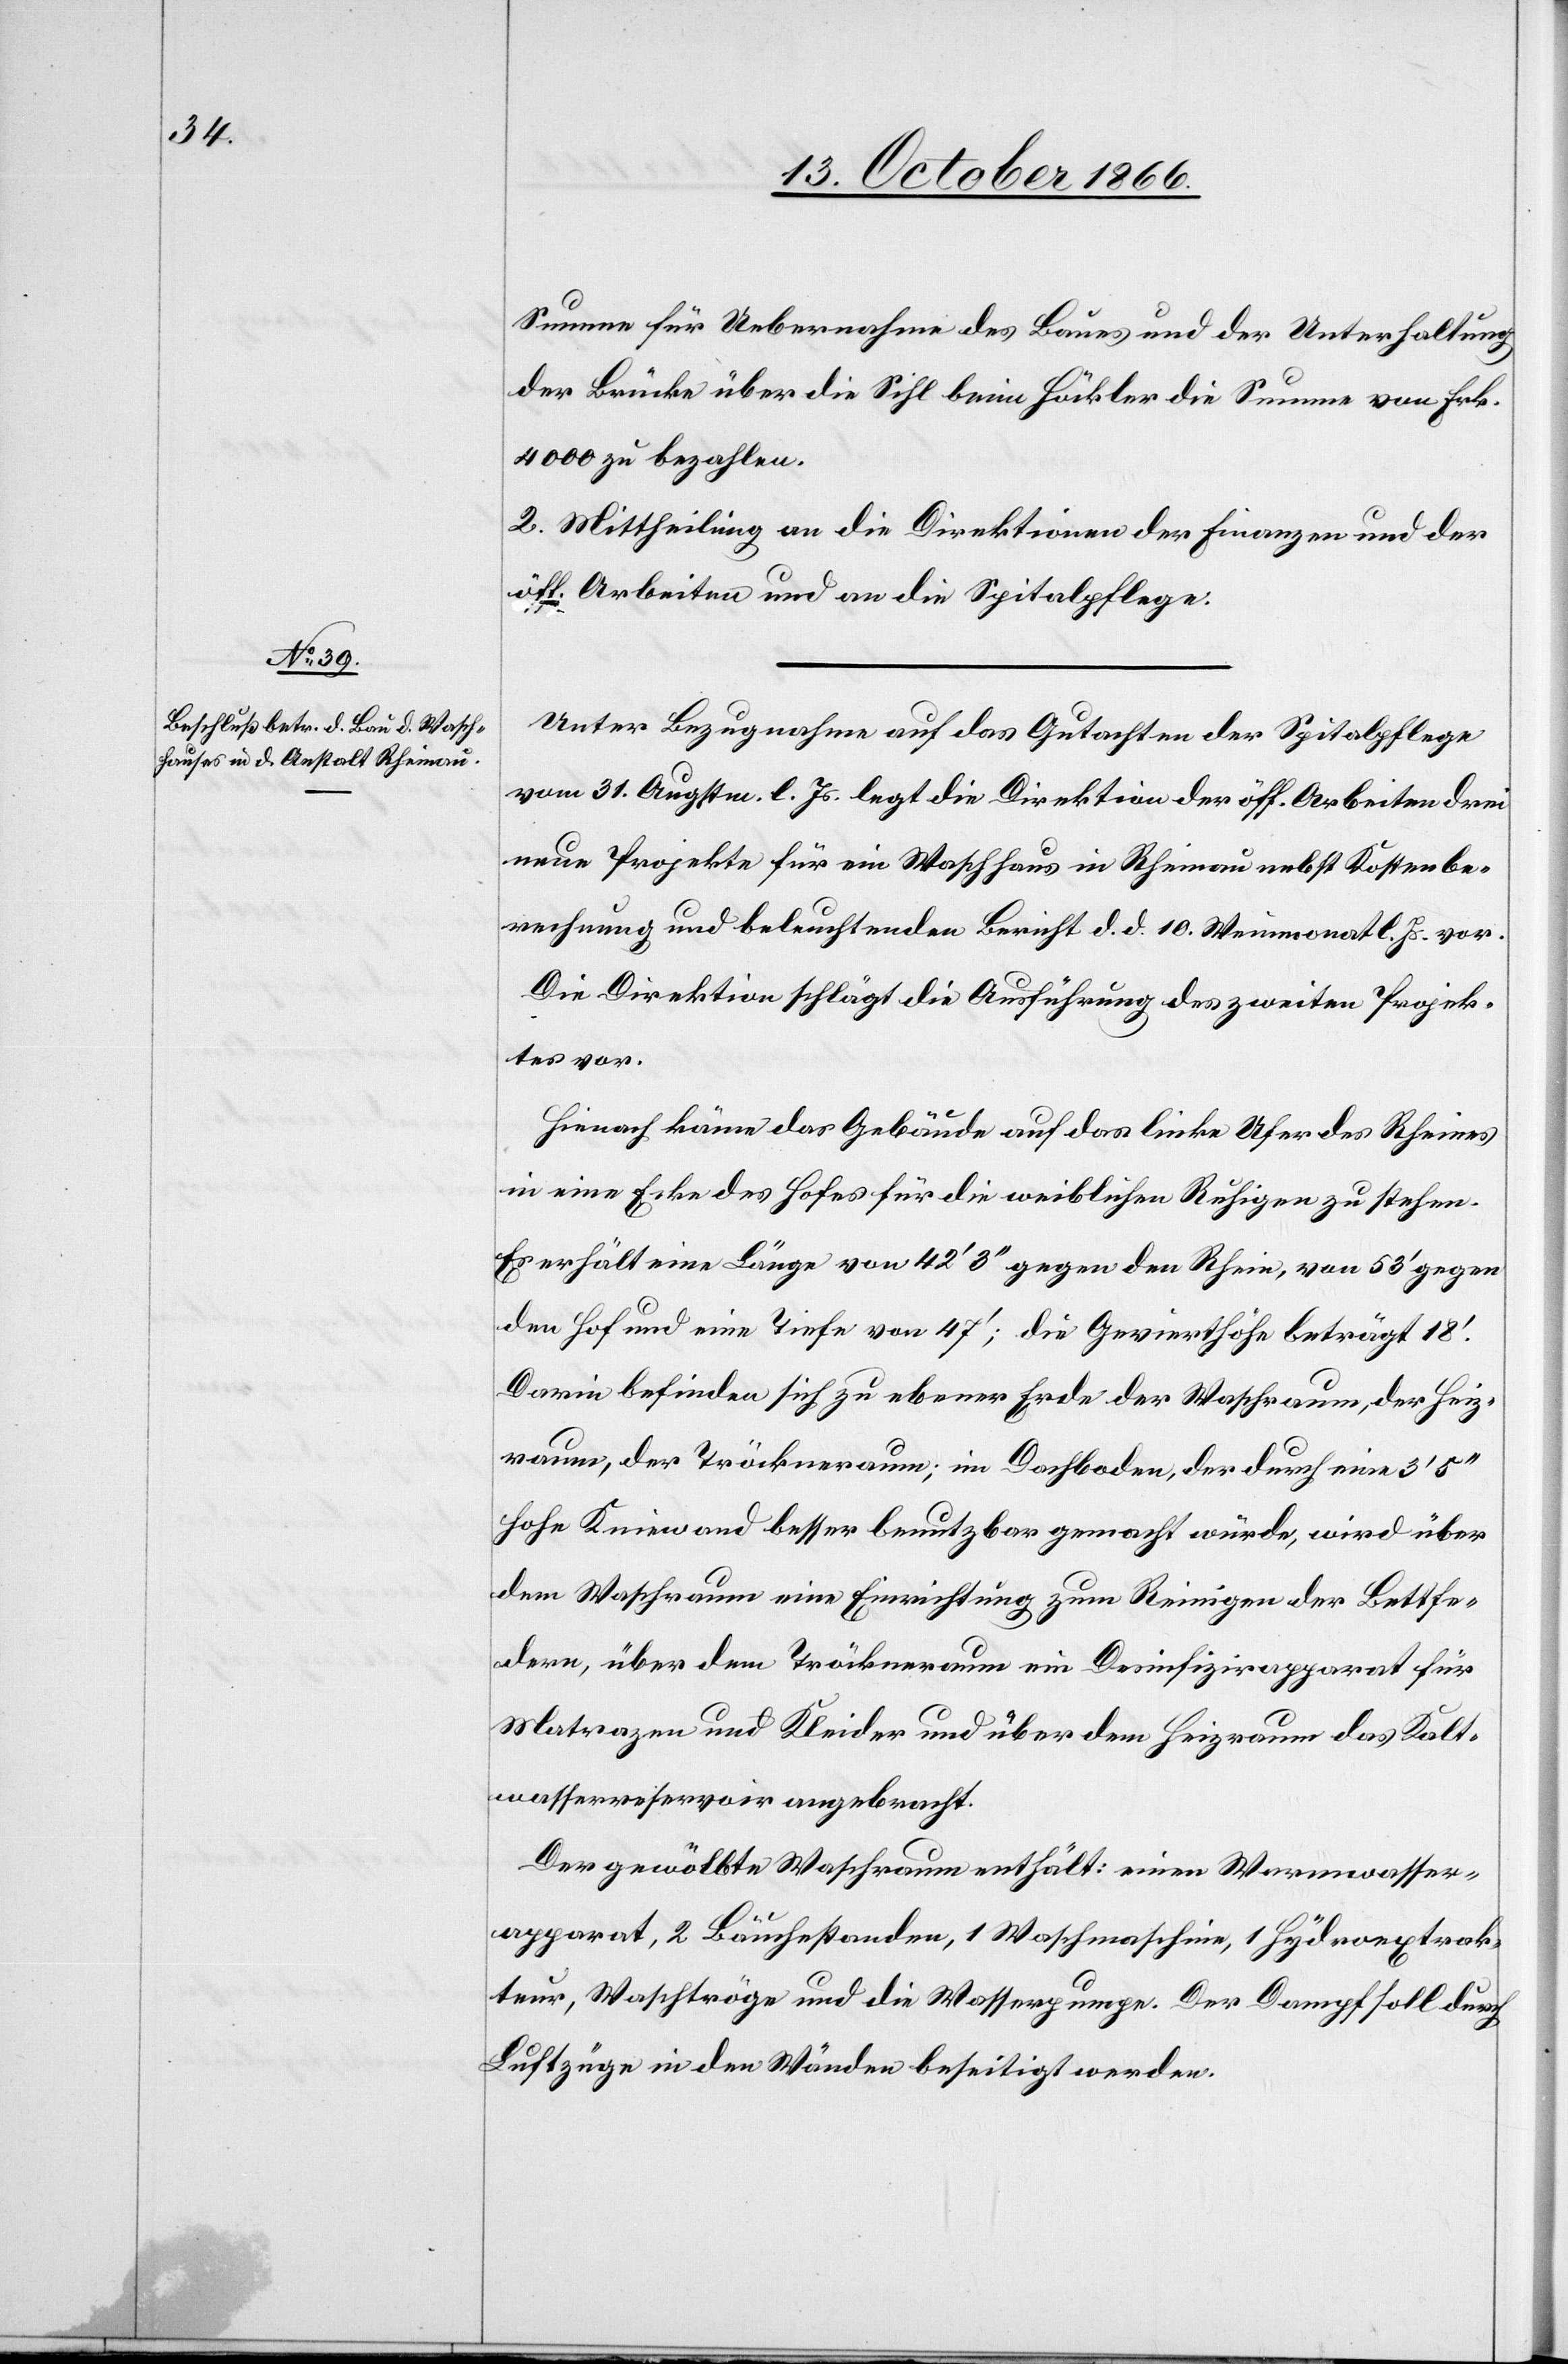
Summe für Uebernahme des Baues und der Unterhaltung
der Brücke über die Sihl beim Höckler die Summe von Frk.
4000 zu bezahlen.
2. Mittheilung an die Direktionen der Finanzen und der
öff. Arbeiten und an die Spitalpflege.
Unter Bezugnahme auf das Gutachten der Spitalpflege
vom 31. Augstm. l. Js. legt die Direktion der öff. Arbeiten drei
neue Projekte für ein Waschhaus in Rheinau nebst Kostenbe¬
rechnung und beleuchtenden Bericht d. d. 10. Weinmonat l. Js. vor.
Die Direktion schlägt die Ausführung des zweiten Projek¬
tes vor.
Hienach käme das Gebäude auf das linke Ufer des Rheines
in eine Ecke des Hofes für die weiblichen Ruhigen zu stehen.
Es erhält eine Länge von 42‘ 3‘‘ gegen den Rhein, von 53‘ gegen
den Hof und eine Tiefe von 47‘; die Gevierthöhe beträgt 18‘.
Darin befinden sich zu ebener Erde der Waschraum, der Heiz¬
raum, der Tröckneraum; im Dachboden, der durch eine 3‘
hohe Kniewand besser benutzbar gemacht würde, wird über
dem Waschraum eine Einrichtung zum Reinigen der Bettfe¬
dern, über dem Tröckneraum ein Desinfizirapparat für
Matrazen und Kleider und über dem Heizraum das Kalt¬
wasserreservoir angebracht.
Der gewölbte Waschraum enthält: einen Warmwasser¬
apparat, 2 Bäuchestanden, 1 Waschmaschine, 1 Hydroextrak¬
teur, Waschtröge und die Wasserpumpe. Der Dampf soll durch
Luftzüge in den Wänden beseitigt werden.